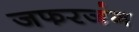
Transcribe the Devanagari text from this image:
जफरजंग